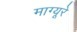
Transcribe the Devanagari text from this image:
माग्यूरे